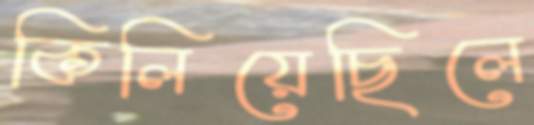
কিলিয়েছিলে